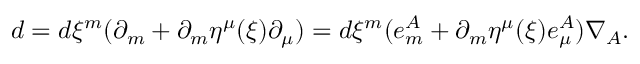
d = d \xi ^ { m } ( \partial _ { m } + \partial _ { m } \eta ^ { \mu } ( \xi ) \partial _ { \mu } ) = d \xi ^ { m } ( e _ { m } ^ { A } + \partial _ { m } \eta ^ { \mu } ( \xi ) e _ { \mu } ^ { A } ) \nabla _ { A } .